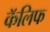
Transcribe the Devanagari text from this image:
कॅलिफ